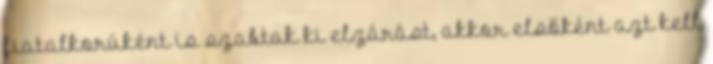
fiatalkorúként is szabtak ki elzárást, akkor elsőként azt kell